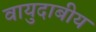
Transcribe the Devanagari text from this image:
वायुदाबीय